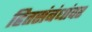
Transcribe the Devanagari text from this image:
हितसंबंधांवर